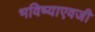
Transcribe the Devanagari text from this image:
भविष्याएवजी